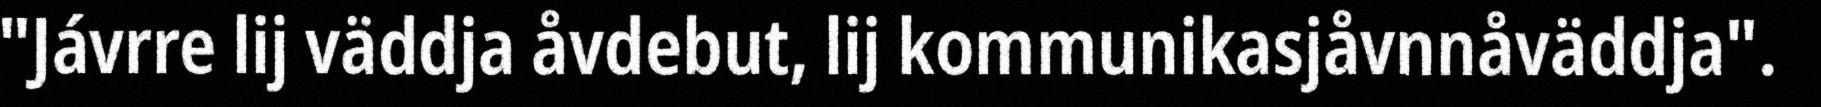
"Jávrre lij väddja åvdebut, lij kommunikasjåvnnåväddja".